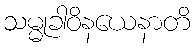
သမ္မုခါဝိနယေနာတိ